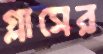
গ্লাসের